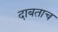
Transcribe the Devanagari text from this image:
दाबताच